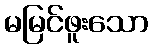
မမြင်ဖူးသော